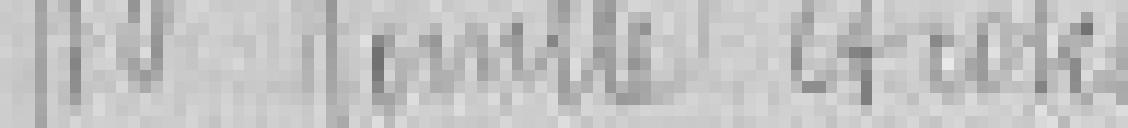
Manille et Coke